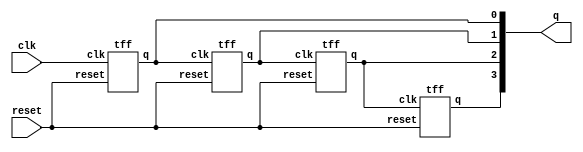
module rcc (q, clk, reset);

output [3:0] q;
input clk, reset;

tff tff0(q[0], clk, reset);
tff tff1(q[1], q[0], reset);
tff tff2(q[2], q[1], reset);
tff tff3(q[3], q[2], reset);  

endmodule


module tff (q, clk, reset);
output q;
input clk, reset;
wire d;

dff dff0(q, d, clk, reset);
not n0(q,d);

endmodule


module dff (q, d, clk, reset);
output q;
input d, clk, reset;
reg q;
always @(posedge  reset or negedge clk)    
if (reset)
q=1'b0;
else
q=d;
endmodule